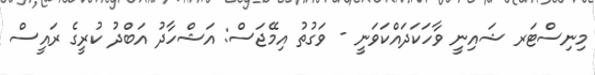
މިނިސްޓަރ ޝައިނީ ވާހަކަދައްކަވަނީ - ވަގުތު އިމޭޖަސް: އަޝްހާދު އަބްދު ކުރީގެ ރައީސް